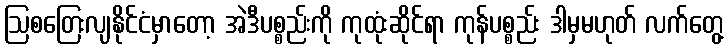
ဩစတြေးလျနိုင်ငံမှာတော့ အဲဒီပစ္စည်းကို ကုထုံးဆိုင်ရာ ကုန်ပစ္စည်း ဒါမှမဟုတ် လက်တွေ့